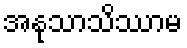
အနုသာသိဿာမ